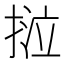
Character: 𢯛